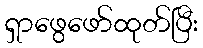
ရှာဖွေဖော်ထုတ်ပြီး